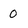
Character: 0